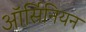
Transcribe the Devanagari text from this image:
ऑर्सिनियन